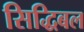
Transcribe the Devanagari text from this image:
सिद्धिबल